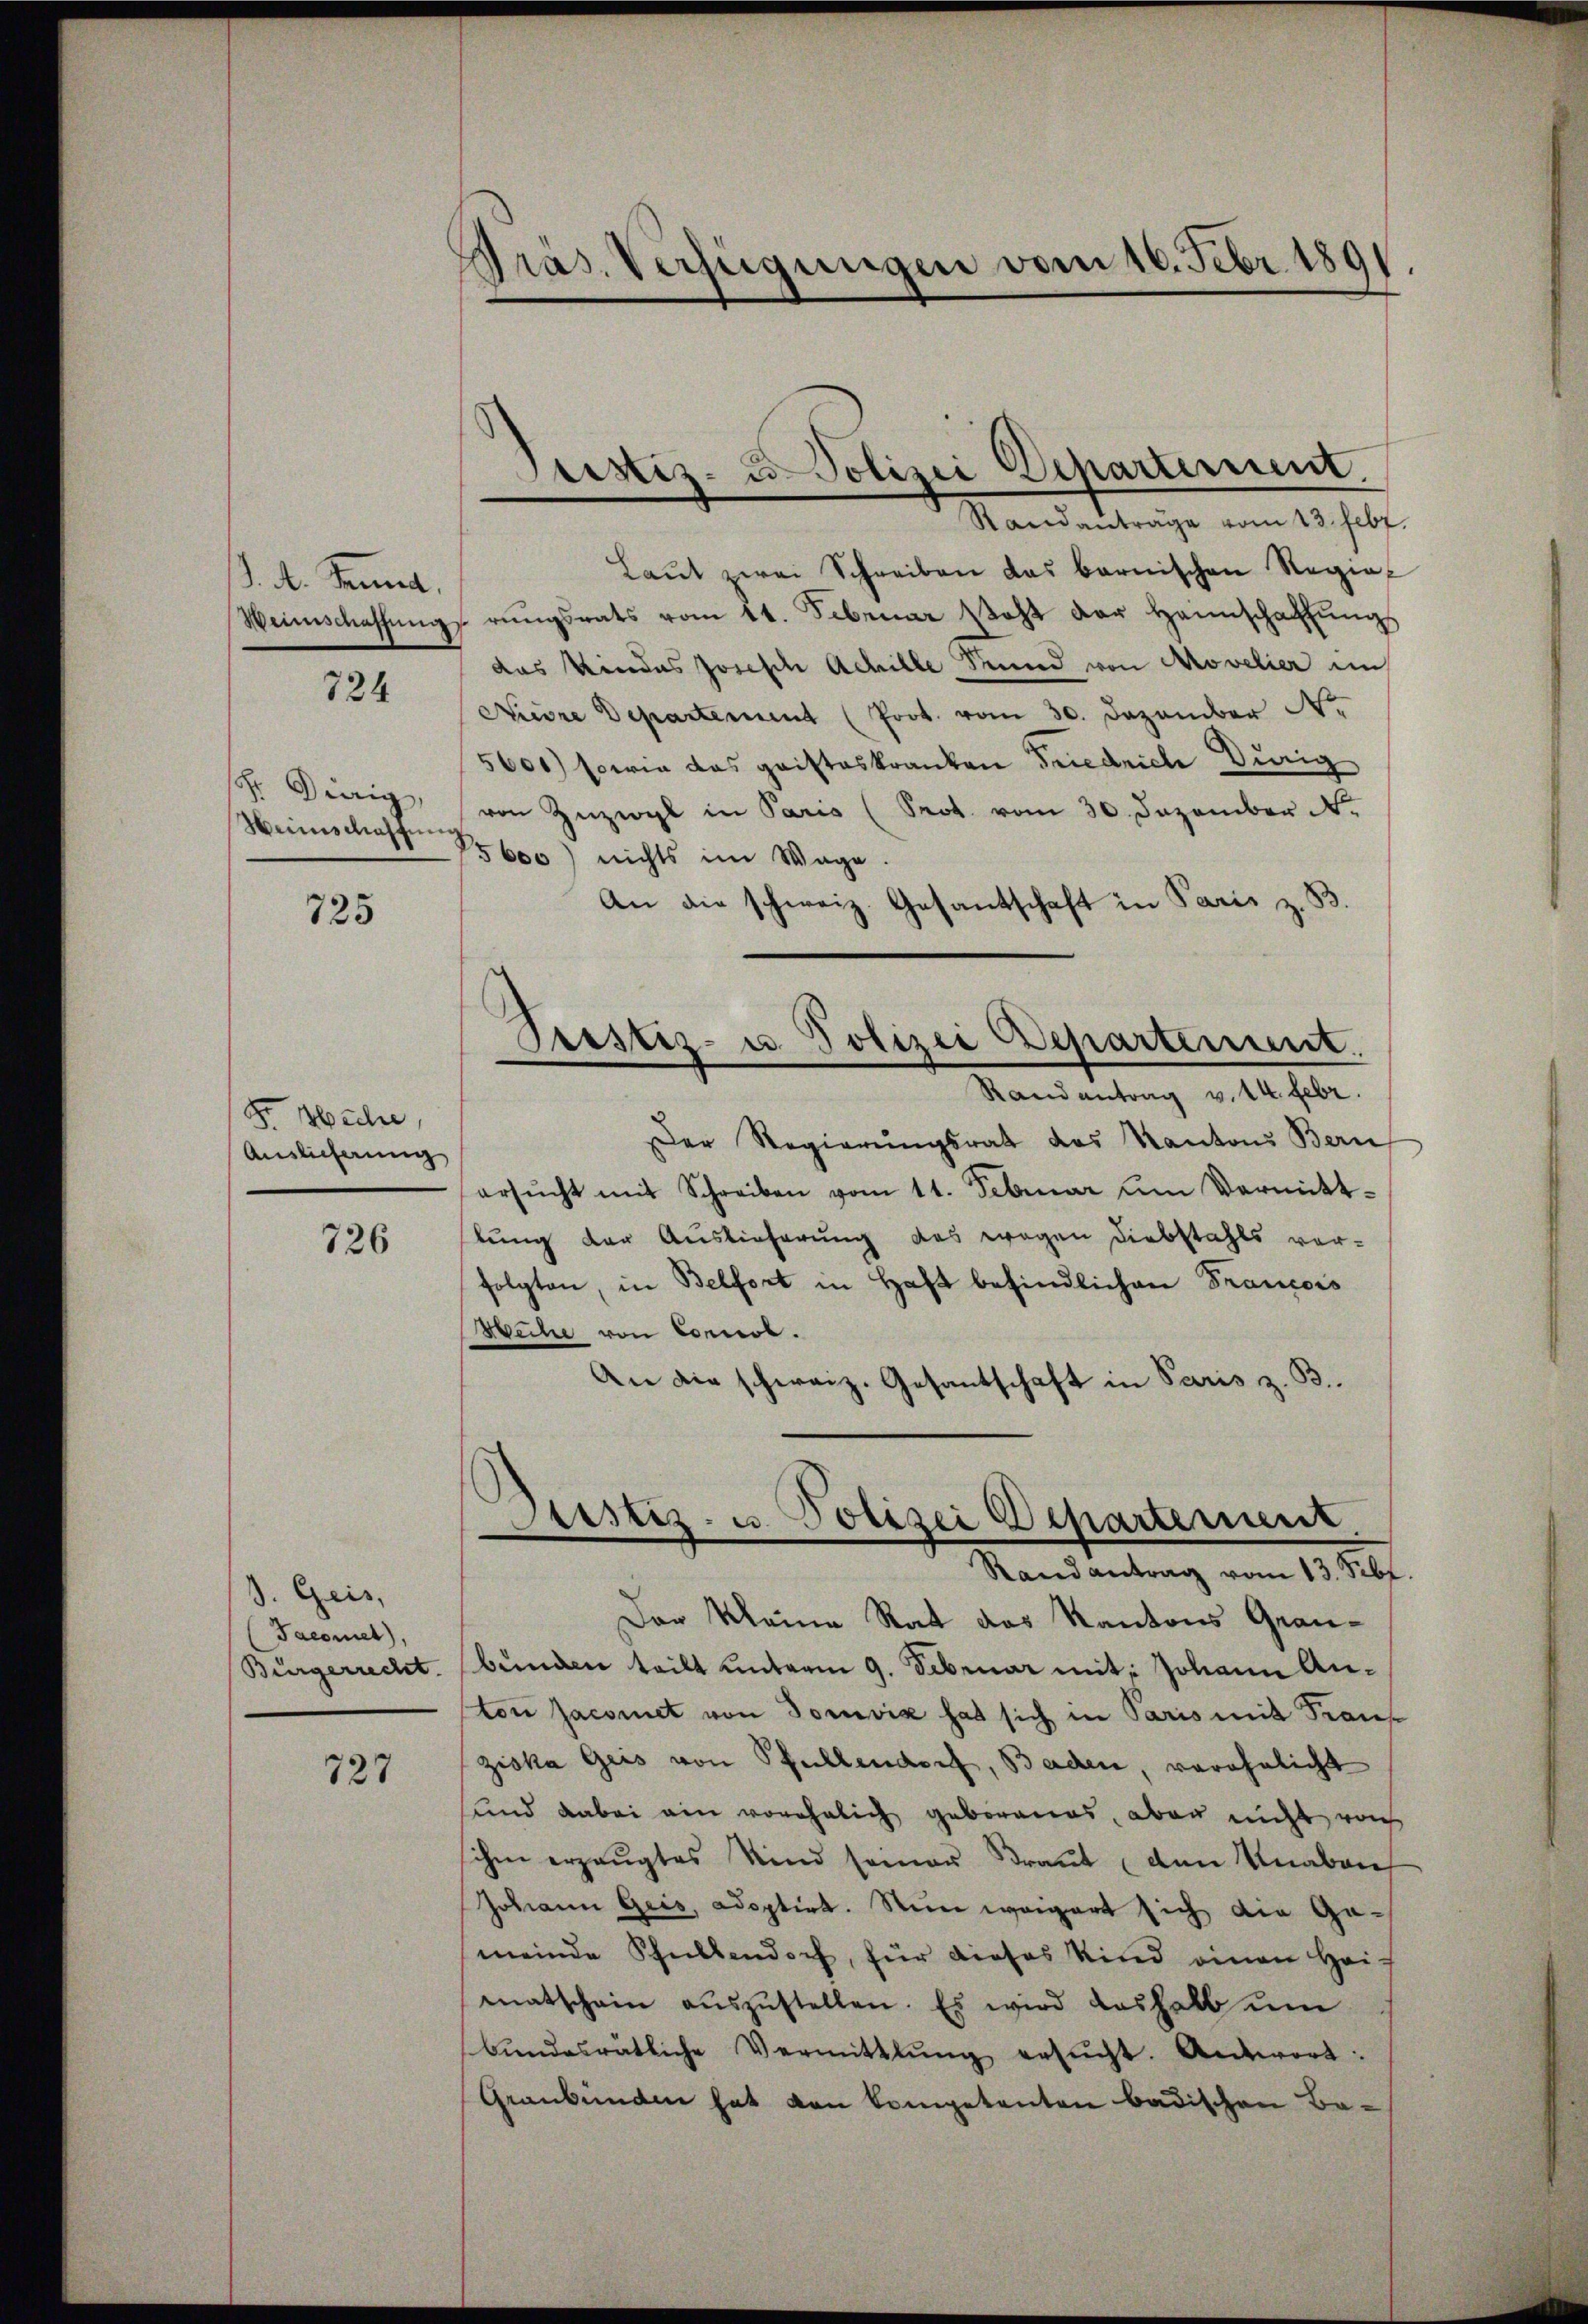
. A. Sinnen,
Weinschaffung

724

. Dierig,
Weinschaffung

725

F. Miche,
Auslieferung

726

d. Geis,
Taconet),
Bürgerrecht.

727

Pras. Verfügungen vom 16. Febr. 189

Randanträge vom 13. Febr.
Laŭt zwei Schreiben das barnischen Regierungsrats vom 11. Februar steht der Hannschaffungs
das Kindes Josische Achille Kund von Novelier im
Niere Departement (Prot. vom 30. Dezember Nr.
5600) sowie das gaisteskranken Friedrich Dirig
von Zuzwyl in Paris (Prot. vom 30. Dezember N.
5600) nichts im Wage.
An die schweiz. Gesantschaft in Paris z.
Der Regierŭngsrat das Kantons Bern
ersŭcht mit Schreiben vom 11. Februar um Vermittlung der Auslieferung das wegen Diebstahls vor-
folgten, in Belfort in Haft befindlichen Francois
Weihe von Concl.
An die schweiz. Gesantschaft in Paris z. B.
Justiz- u. Polizei Departement
Randantrag vom 13. Febr.
Der Meine Rat des Kantons Graubunden teilt unterm 9. Februar mit: Johann Anton Jaconet von Torević hat sich in Paris mit Traus
ziska Geis von Pfullendorf, Baden, verähnlicht
sund dabei ein vorehelich geborenes, aber nicht noch
ihm erzeugtes Kind seiner Braŭt den Knaben
Johann Geis, adoptirt. Sein weigert sich die Gameinde Schullendorf, für dieses Kind einen Heis
enatschein aŭszŭstellen. Es wird deshalb um
bŭndesrätliche Vermittlŭng ersŭcht. Antwort:
Graubünden hat den Kompetenten badischen Ba¬

Justiz- u. Polizei Departement.

Prestiz- u Polizei Departement.
Randantrag v. 14. Febr.